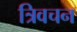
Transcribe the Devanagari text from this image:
त्रिवचन